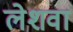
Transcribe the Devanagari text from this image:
लेशवा